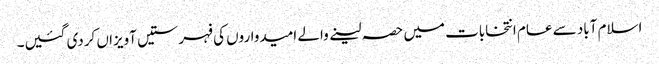
اسلام آباد سے عام انتخابات میں حصہ لینے والے امیدواروں کی فہرستیں آویزاں کردی گئیں۔